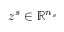
z ^ { s } \in \mathbb { R } ^ { n _ { s } }